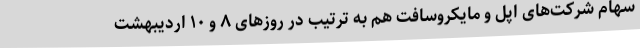
سهام شرکت‌های اپل و مایکروسافت هم به ترتیب در روزهای ۸ و ۱۰ اردیبهشت